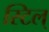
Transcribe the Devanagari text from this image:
स्टिल्